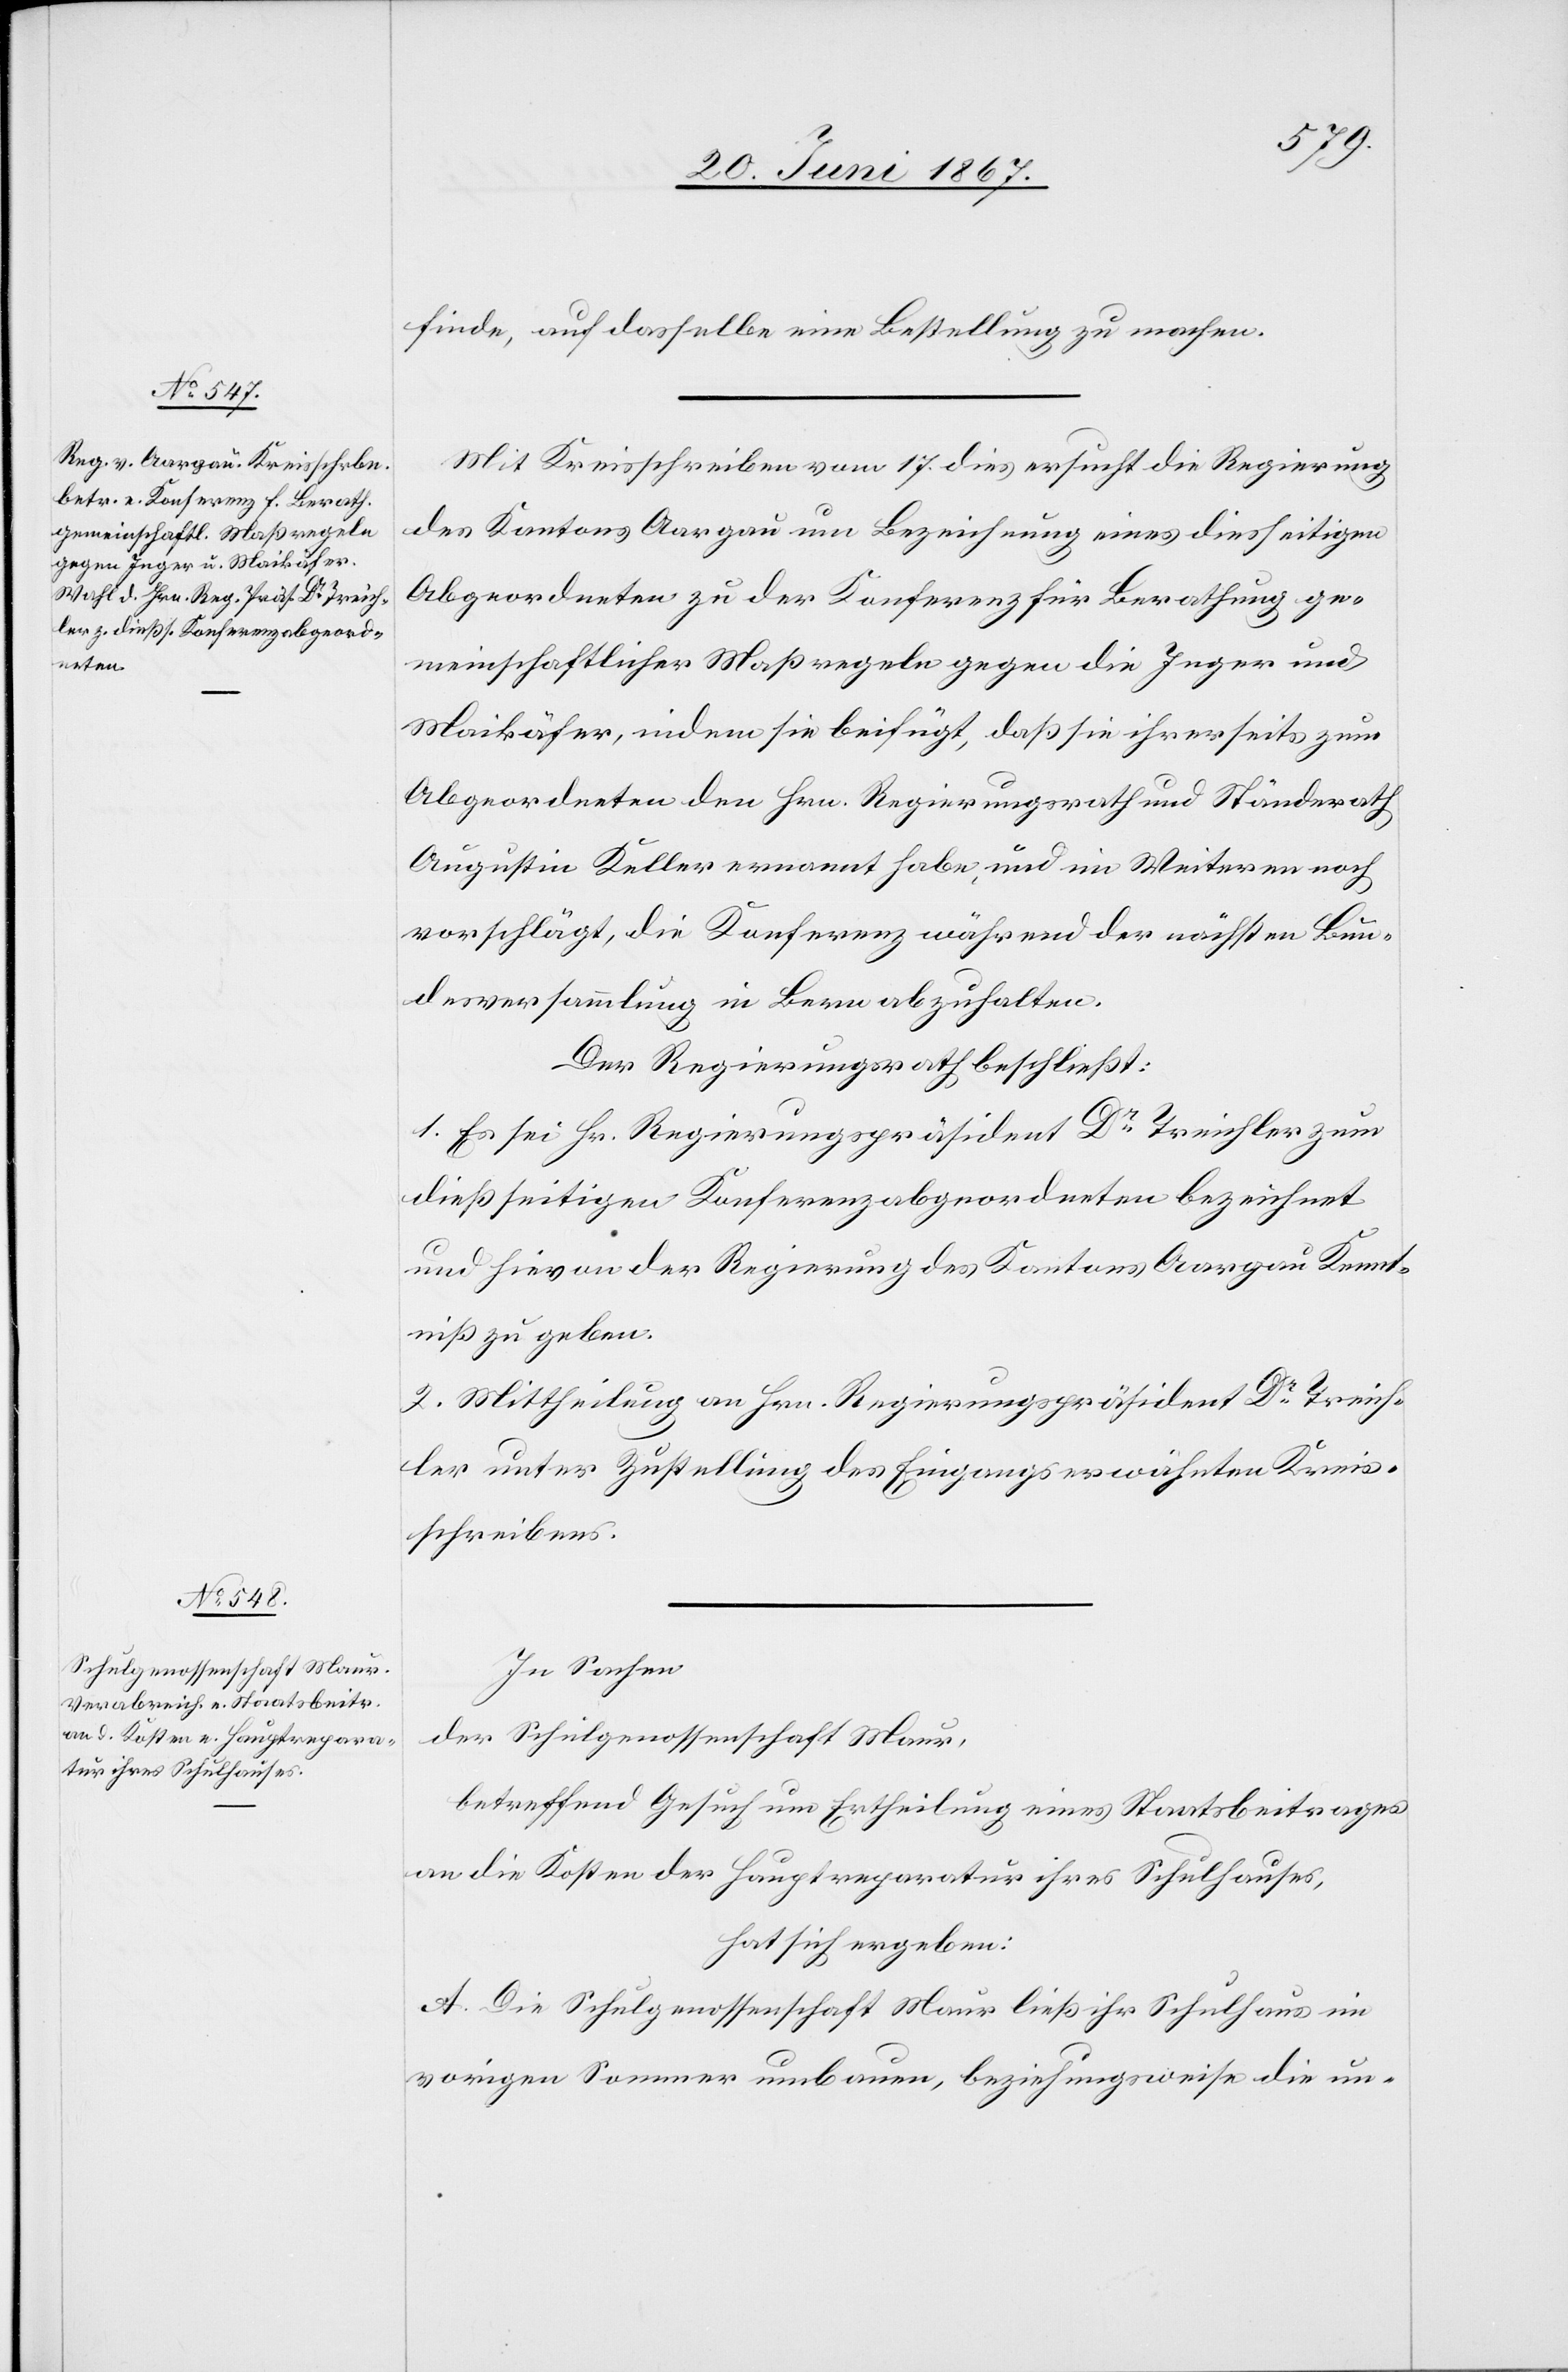
finde, auf dasselbe eine Bestellung zu machen.
Mit Kreisschreiben vom 17. dies ersucht die Regierung
des Kantons Aargau um Bezeichnung eines diesseitigen
Abgeordneten zu der Konferenz für Berathung ge¬
meinschaftlicher Maßregeln gegen die Jeger und
Maikäfer, indem sie beifügt, daß sie ihrerseits zum
Abgeordneten den Hrn. Regierungsrath und Ständerath
Augustin Keller ernannt habe und im Weitern noch
vorschlägt, die Konferenz während der nächsten Bun¬
desversammlung in Bern abzuhalten.
Der Regierungsrath beschließt:
1. Es sei Hr. Regierungspräsident Dr. Treichler zum
dießseitigen Konferenzabgeordneten bezeichnet
und hievon der Regierung des Kantons Aargau Kennt¬
niß zu geben.
2. Mittheilung an Hrn. Regierungspräsident Dr. Treich¬
ler unter Zustellung des Eingangs erwähnten Kreis¬
schreibens.
In Sachen
der Schulgenossenschaft Maur,
betreffend Gesuch um Ertheilung eines Staatsbeitrages
an die Kosten der Hauptreparatur ihres Schulhauses,
hat sich ergeben:
A. Die Schulgenossenschaft Maur ließ ihr Schulhaus im
vorigen Sommer umbauen, beziehungsweise die un-